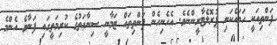
ފަންތިއަކީ ހަމައެކަނި ޕުރޮލެޓާރީންނެވެ. އެހެނިހެން ފަންތިތައް ޒަމާނީ ސިނާޢަތުގެ ކުރިމަތީގައި ފަނާވެ އެންމެ